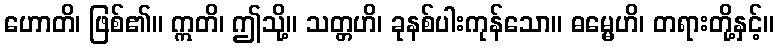
ဟောတိ၊ ဖြစ်၏။ ဣတိ၊ ဤသို့။ သတ္တဟိ၊ ခုနစ်ပါးကုန်သော။ ဓမ္မေဟိ၊ တရားတို့နှင့်။